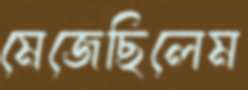
মেজেছিলেম